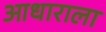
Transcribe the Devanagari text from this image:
आधाराला